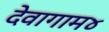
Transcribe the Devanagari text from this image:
देवागाम४